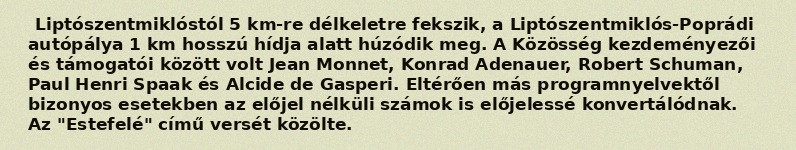
Liptószentmiklóstól 5 km-re délkeletre fekszik, a Liptószentmiklós-Poprádi autópálya 1 km hosszú hídja alatt húzódik meg. A Közösség kezdeményezői és támogatói között volt Jean Monnet, Konrad Adenauer, Robert Schuman, Paul Henri Spaak és Alcide de Gasperi. Eltérően más programnyelvektől bizonyos esetekben az előjel nélküli számok is előjelessé konvertálódnak. Az "Estefelé" című versét közölte.